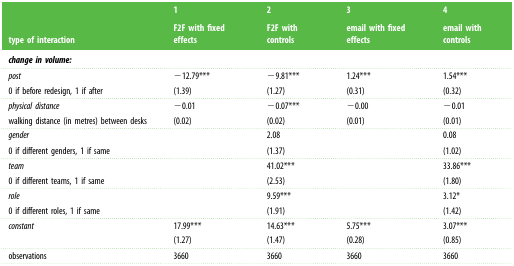
| <ROWSPAN=2> type of interaction | 1 | 2 | 3 | 4 |
 | F2F with fixed effects | F2F with controls | email with fixed effects | email with controls |
 | --- | --- | --- | --- | --- |
 | change in volume: |  |  |  |  |
 | post0 if before redesign, 1 if after | −12.79***(1.39) | −9.81***(1.27) | 1.24***(0.31) | 1.54***(0.32) |
 | physical distancewalking distance (in metres) between desks | −0.01(0.02) | −0.07***(0.02) | −0.00(0.01) | −0.01(0.01) |
 | gender0 if different genders, 1 if same |  | 2.08(1.37) |  | 0.08(1.02) |
 | team0 if different teams, 1 if same |  | 41.02***(2.53) |  | 33.86***(1.80) |
 | role0 if different roles, 1 if same |  | 9.59***(1.91) |  | 3.12*(1.42) |
 | constant | 17.99***(1.27) | 14.63***(1.47) | 5.75***(0.28) | 3.07***(0.85) |
 | observations | 3660 | 3660 | 3660 | 3660 |